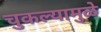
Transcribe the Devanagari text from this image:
चुकल्यामुळे